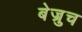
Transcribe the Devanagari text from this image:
बेज्रुच